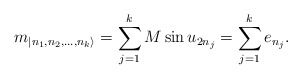
\begin{align*}m_{|n_{1},n_{2},\dots ,n_{k}\rangle }=\sum ^{k}_{j=1}M\sin u_{2n_{j}}=\sum _{j=1}^{k}e_{n_j}.\end{align*}